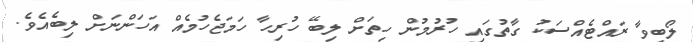
ލޯބިވާ ރައްޓެއްސަކު ގާތުގައި ހުރުމުން ހިތަށް ލިބޭ ހުރިހާ ހަމަޖެހުމެއް އަހަންނަށް ލިބެއެވެ.